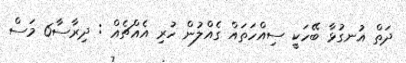
ދަތް އުނގުޅާ ބޭހަކީ ސިއްހަތައް ގެއްލުން ހުރި އެއްޗެއް : ދިރާސާ6 މަސް